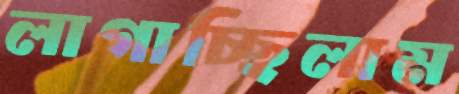
লাগাচ্ছিলাম